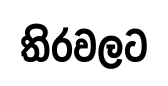
තිරවලට